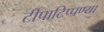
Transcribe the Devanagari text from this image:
टीपाटिप्पण्या